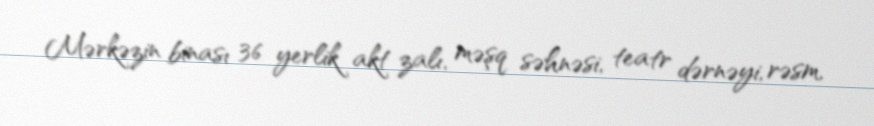
Mərkəzin binası 36 yerlik akt zalı, məşq səhnəsi, teatr dərnəyi, rəsm,